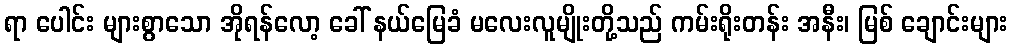
ရာ ပေါင်း များစွာသော အိုရန်လော့ ခေါ် နယ်မြေခံ မလေးလူမျိုးတို့သည် ကမ်းရိုးတန်း အနီး၊ မြစ် ချောင်းများ